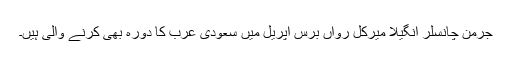
جرمن چانسلر انگیلا میرکل رواں برس اپریل میں سعودی عرب کا دورہ بھی کرنے والی ہیں۔